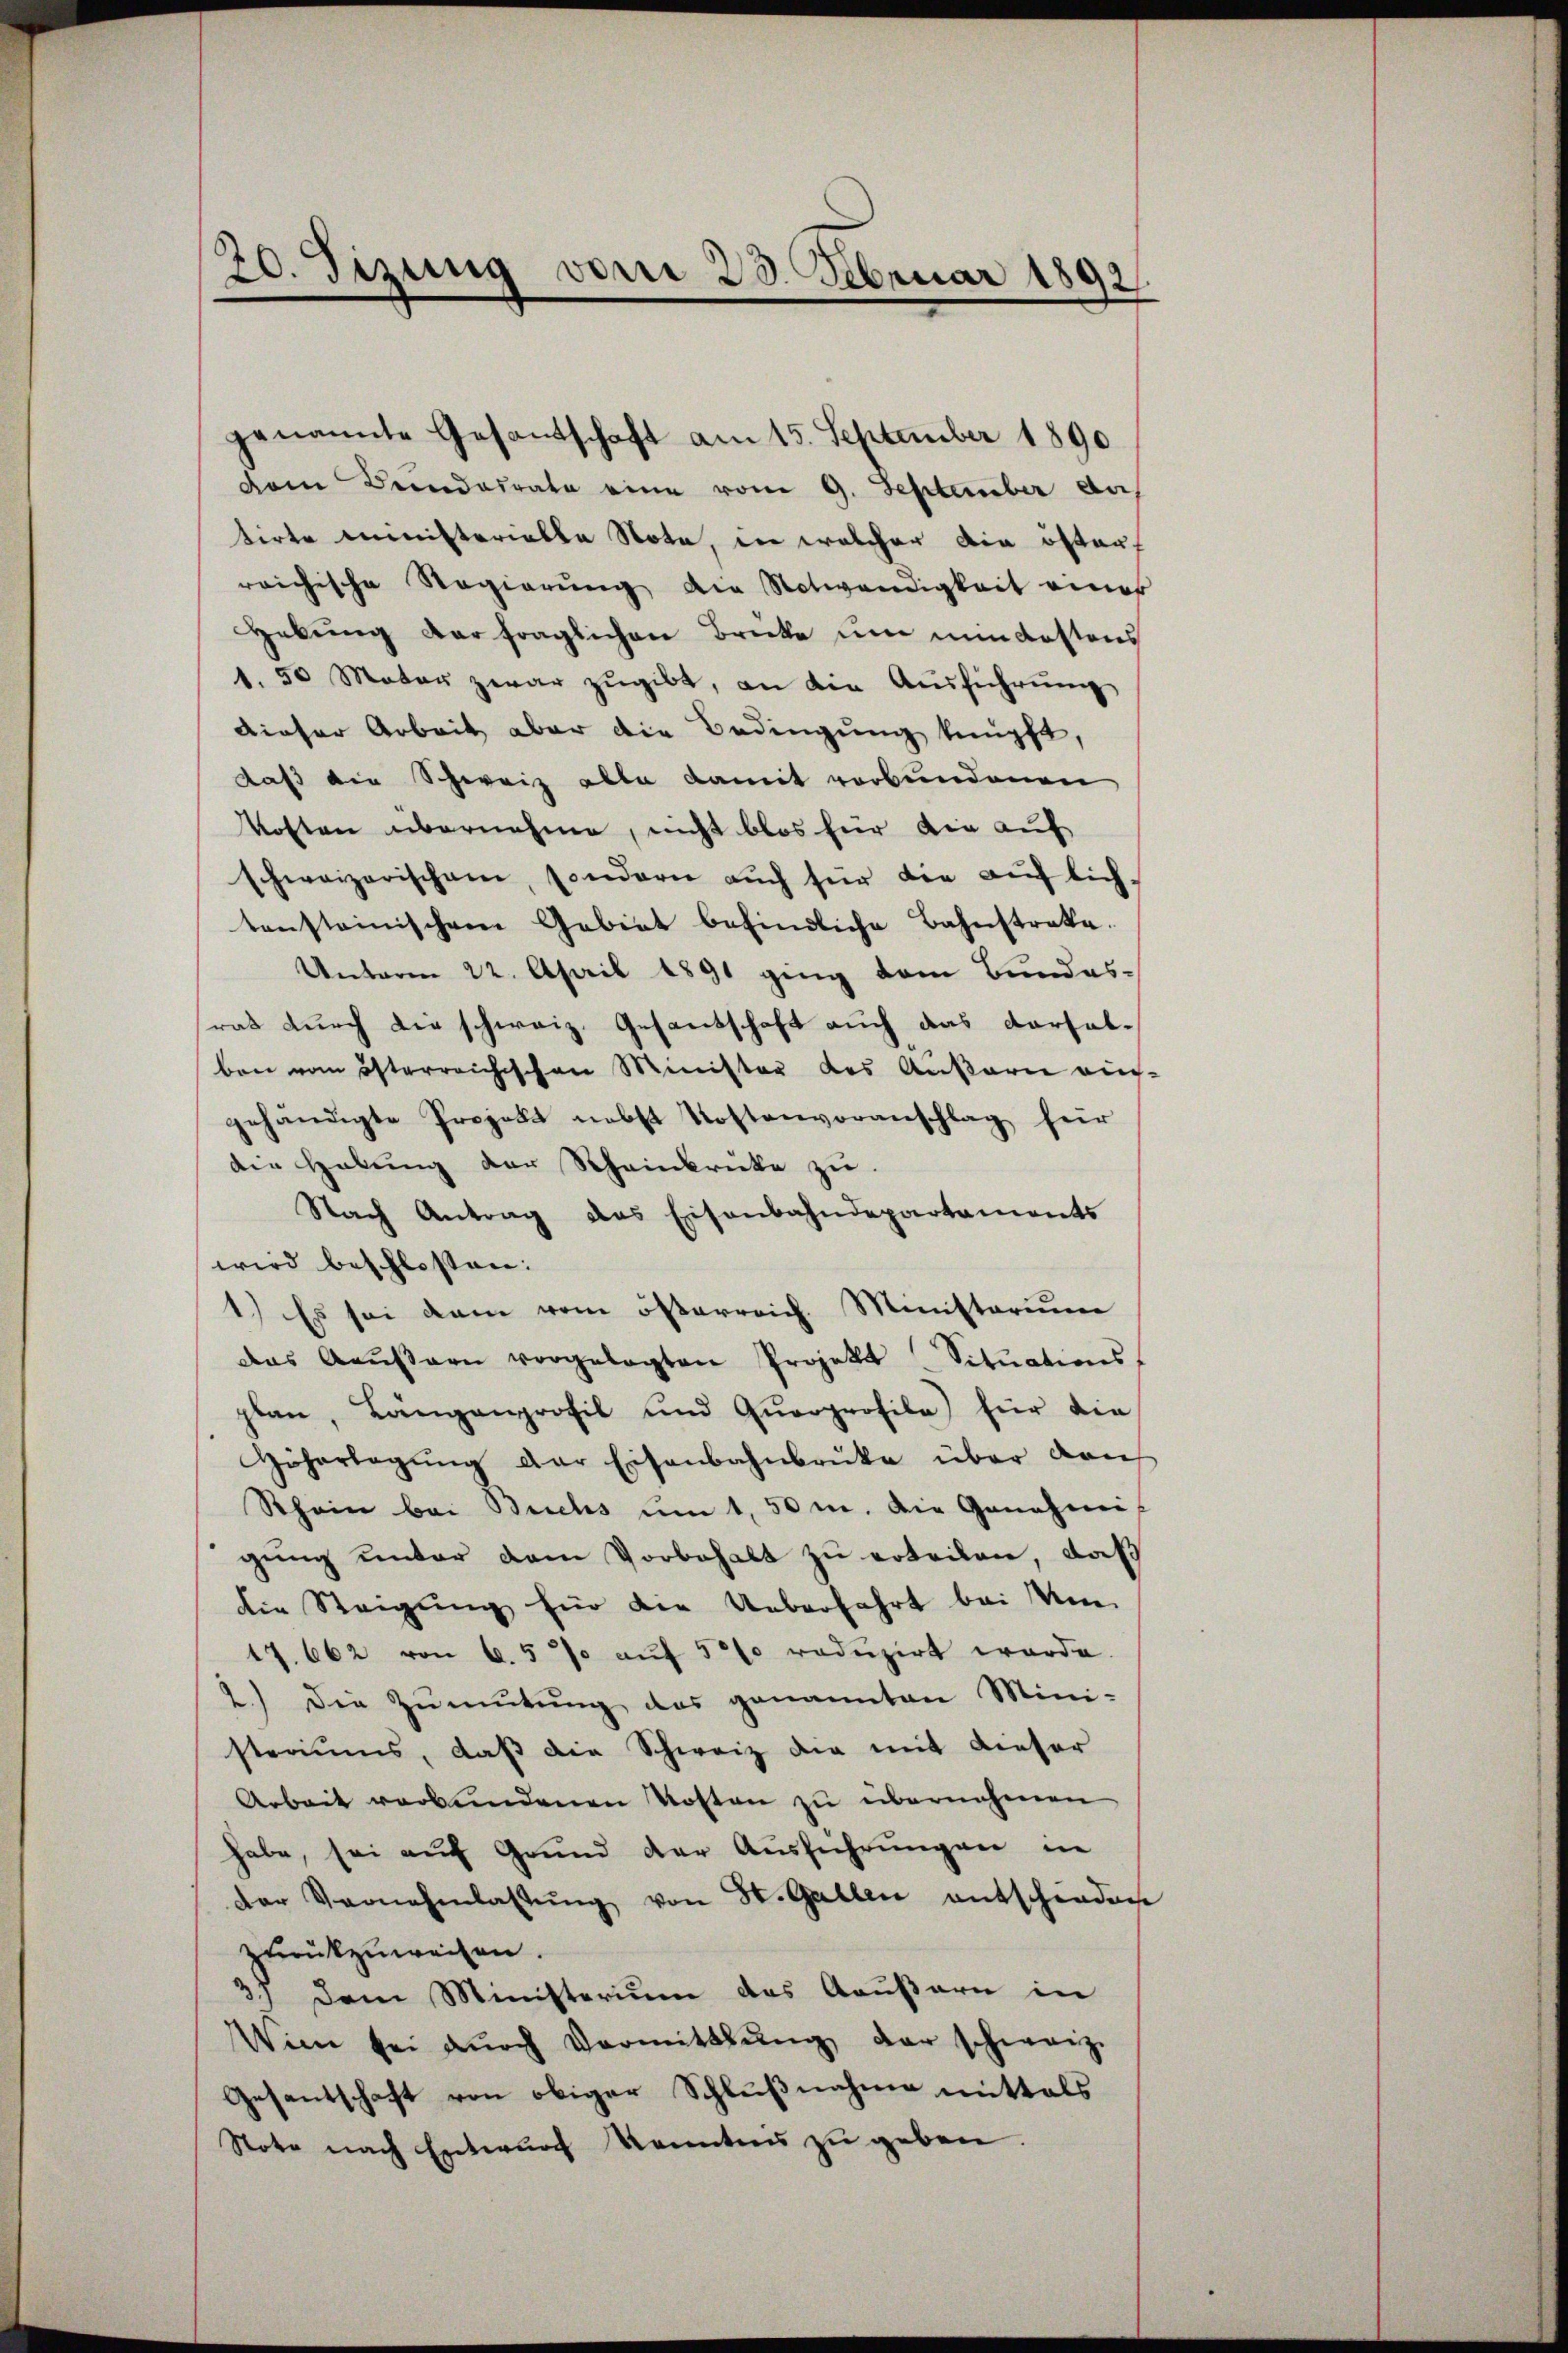
30. Sizung vom 28. Februar 1892
d

Dem Beendesrate eine vom 9. September au
tirte ministerielle Note, in welcher die öster
reichische Regierung die Notwendigkeit einer
Hebung der fraglichen Brücke um min Kostens
1.50 Mater zwar zugibt, an die Ausführung
dieser Arbeit aber die Bedingung knüpft,
daß die Schweiz alle damit verbundenen
Kosten übernehme, nicht blos für die auf
schweizerischen, sondern auch für die auflichtensteinischem Gebiet befindliche Bahnstreke.
Unterm 22. April 1891 ging dem Bundes-
rat durch die schweiz. Gesandschaft auch das Vorfalben vom österreichischen Minister des Außern auch
gehändigte Projekt nebst Kostenvoranschlag für
die Habung der Rheinbrücke zu.
Nach Antrag das Eisenbahndepartaments
wird beschlossen:
1.) Es sei dem vom österreich. Ministerium
das Aŭβern vorgelegten Projekt Sitŭations
plan, Langenprofil und Qŭorprofile für die
Höherlegŭng der Eisenbahnbrüke über von
Rhein bei Buchs ŭm 1,50 m. Die Genehmigŭng unter dem Vorbehalt zu erteilen, daß
die Steigung für die Ueberfahrt bei Um
17. 662 von 6. 5 % aŭf 500 redŭzirt werde.
2.) Die Zŭmŭtŭng das genannten Mini-
steriums, daß die Schweiz die mit dieser
Arbeit verbundenen Kosten zu übernehmen
habe, sei auf Grund der Ausführungen in
der Vernehmlassŭng von St. Gallen entschieden
zurückzuweisen.
3.) Dem Ministerium das Aeußern in
Win sei dŭrch Vermittlung der schweiz.
Gesantschaft von obiger Schlußnahme mittels
Stote nach Entwurf kenntnis zu geben.

genannte Gesandtschaft am 15. September 1890